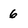
Character: 6